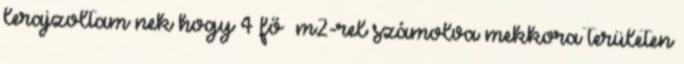
lerajzoltam nek hogy 4 fő m2-rel számolva mekkora területen